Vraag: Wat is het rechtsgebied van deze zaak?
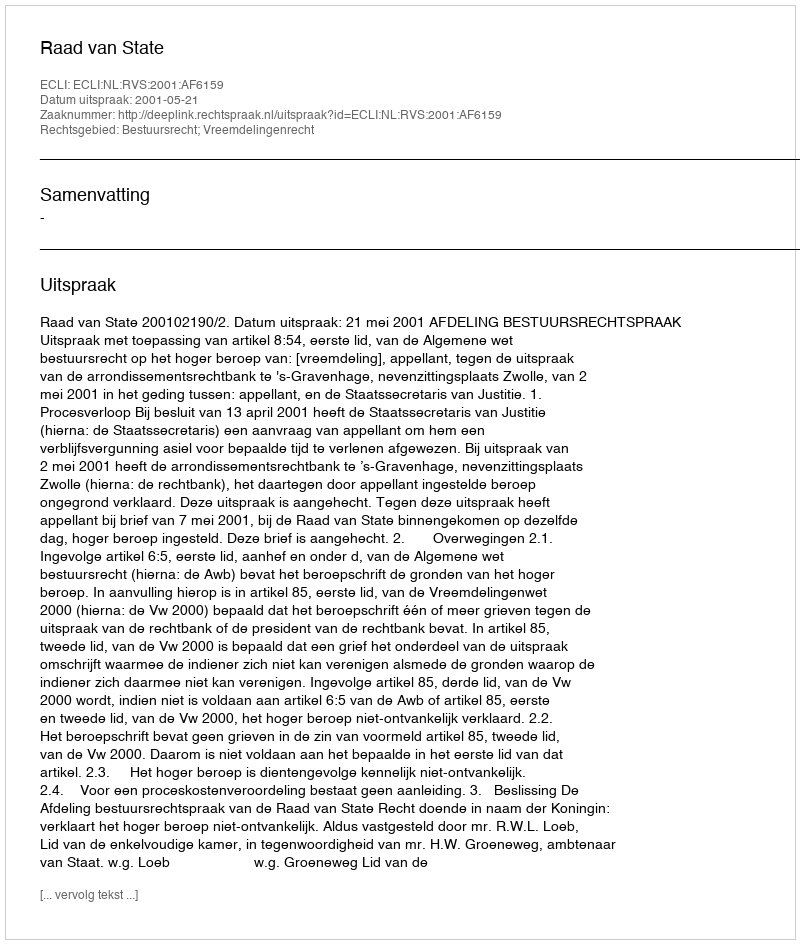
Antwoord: Bestuursrecht; Vreemdelingenrecht